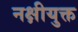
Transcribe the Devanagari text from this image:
नक्षीयुक्त